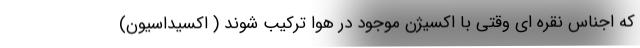
که اجناس نقره ای وقتی با اکسیژن موجود در هوا ترکیب شوند ( اکسیداسیون)